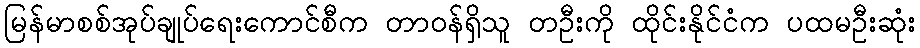
မြန်မာစစ်အုပ်ချုပ်ရေးကောင်စီက တာဝန်ရှိသူ တဦးကို ထိုင်းနိုင်ငံက ပထမဦးဆုံး